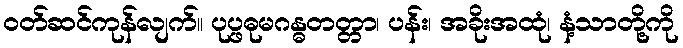
ဝတ်ဆင်ကုန်လျက်။ ပုပ္ဖဓုမဂန္ဓတတ္တာ၊ ပန်း၊ အခိုးအထုံ၊ နံ့သာတို့ကို